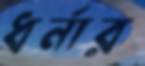
ধর্নার